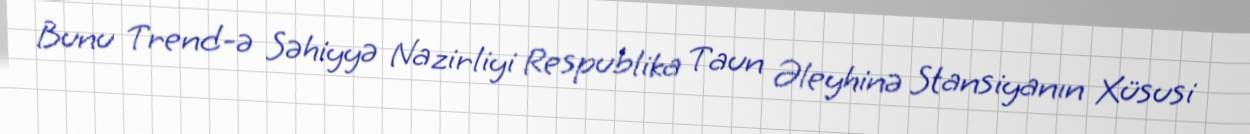
Bunu Trend-ə Səhiyyə Nazirliyi Respublika Taun Əleyhinə Stansiyanın Xüsusi